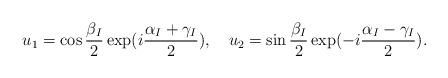
LaTeX: \begin{align*}u_1 = \cos \frac{\beta_I}{2} \exp(i \frac{\alpha_I +\gamma_I}{2}), \quad u_2 = \sin \frac{\beta_I}{2} \exp(- i\frac{\alpha_I - \gamma_I}{2}).\end{align*}